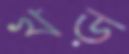
খড়